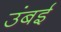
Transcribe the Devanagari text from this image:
उंबई